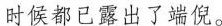
时候都已露出了端倪。